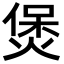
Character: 煲